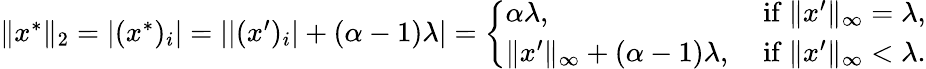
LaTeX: \begin{array}{r}{\| x^{*}\| _{2}=|(x^{*})_{i}|=||(x^{\prime})_{i}|+(\alpha-1)\lambda|=\left\{ \begin{array}{ll}{\alpha\lambda,}&{\mathrm{~if~}\| x^{\prime}\| _{\infty}=\lambda,}\\ {\| x^{\prime}\| _{\infty}+(\alpha-1)\lambda,}&{\mathrm{~if~}\| x^{\prime}\| _{\infty}<\lambda.}\end{array}\right.}\end{array}